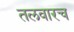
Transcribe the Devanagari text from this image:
तलवारच